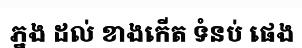
ភ្នង ដល់ ខាងកើត ទំនប់ ផេង